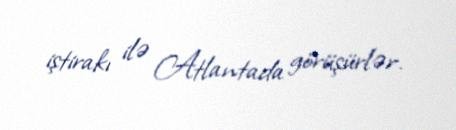
iştirakı ilə Atlantada görüşürlər.